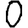
Digit: 0